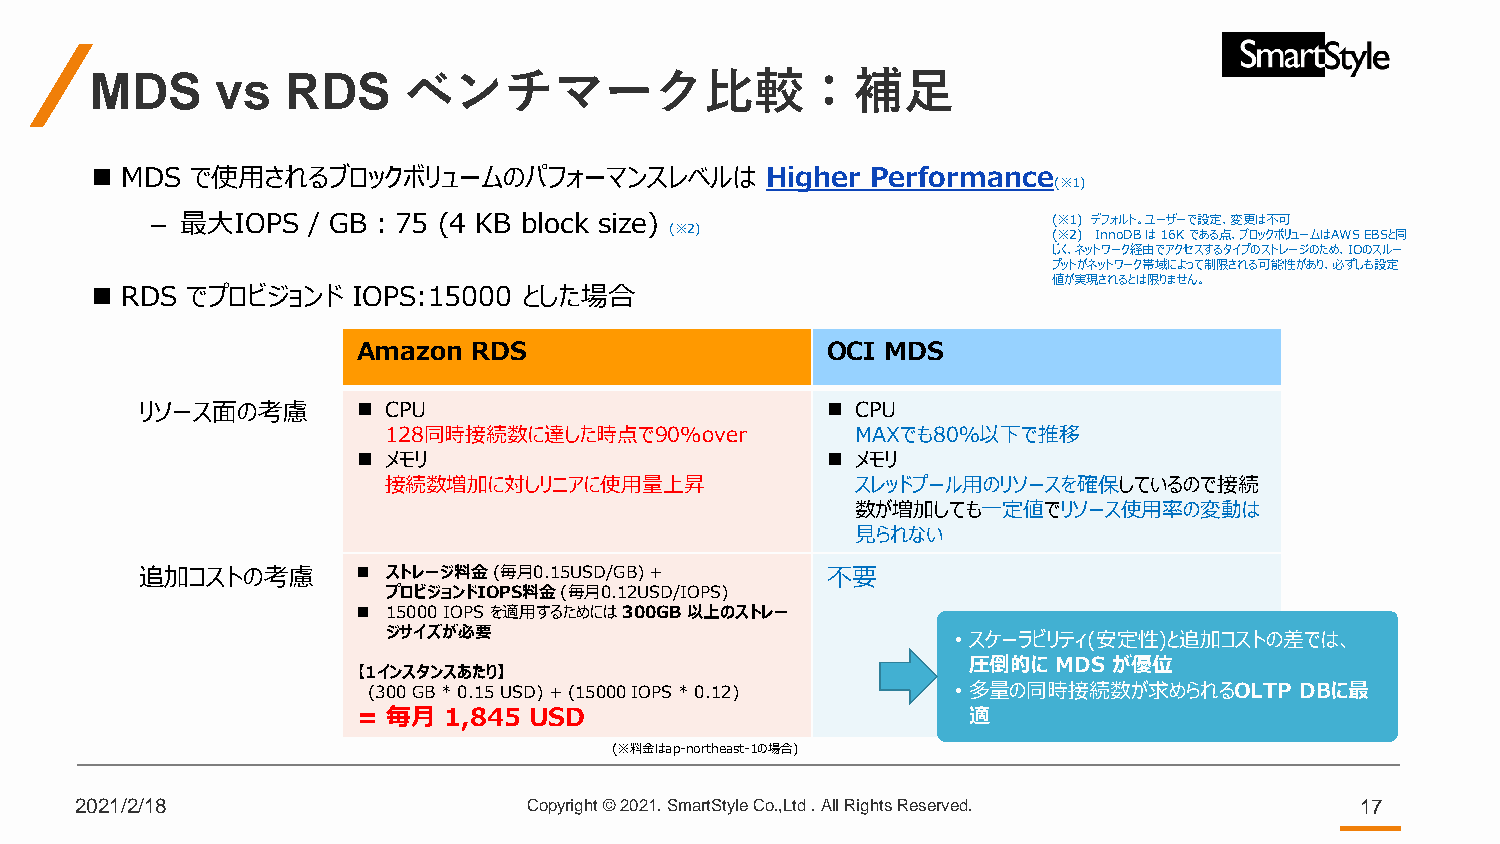
MDS     vs   RDS     ベンチマーク比較：補足
 ◼ MDS  で使用されるブロックボリュームのパフォーマンスレベルは           Higher Performance
 (※1)
 – 最大IOPS  / GB：75  (4 KB block size)                        (※1) デフォルト。ユーザーで設定、変更は不可
 (※2)                      (※2) InnoDBは16K である点、ブロックボリュームはAWSEBSと同
 じく、ネットワーク経由でアクセスするタイプのストレージのため、IOのスルー
 プットがネットワーク帯域によって制限される可能性があり、必ずしも設定
 値が実現されるとは限りません。
 ◼ RDS でプロビジョンド   IOPS:15000  とした場合
 Amazon RDS                     OCI MDS
 リソース面の考慮       ◼ CPU                          ◼ CPU
 128同時接続数に達した時点で90%over          MAXでも80％以下で推移
 ◼ メモリ                          ◼ メモリ
 接続数増加に対しリニアに使用量上昇               スレッドプール用のリソースを確保しているので接続
 数が増加しても一定値でリソース使用率の変動は
 見られない
 追加コストの考慮       ◼ ストレージ料金(毎月0.15USD/GB) +      不要
 プロビジョンドIOPS料金(毎月0.12USD/IOPS)
 ◼ 15000 IOPS を適用するためには300GB 以上のストレー
 ジサイズが必要                              • スケーラビリティ(安定性)と追加コストの差では、
 圧倒的に  MDS が優位
 【1インスタンスあたり】
 (300 GB * 0.15 USD) + (15000 IOPS * 0.12) • 多量の同時接続数が求められるOLTP DBに最
 = 毎月 1,845 USD                          適
 (※料金はap-northeast-1の場合)
 2021/2/18                     Copyright © 2021. SmartStyle Co.,Ltd . All Rights Reserved. 17